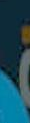
.